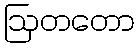
ဩတတော